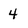
Character: 4